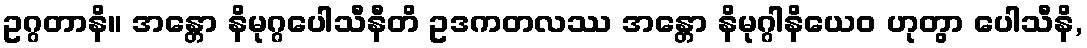
ဥဂ္ဂတာနိ။ အန္တော နိမုဂ္ဂပေါသီနီတိ ဥဒကတလဿ အန္တော နိမုဂ္ဂါနိယေဝ ဟုတွာ ပေါသီနိ,